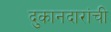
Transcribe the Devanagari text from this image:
दुकानदारांची